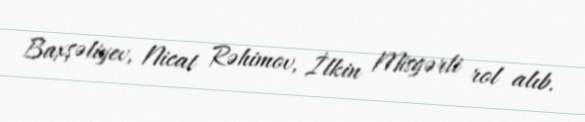
Baxşəliyev, Nicat Rəhimov, İlkin Misgərli rol alıb.